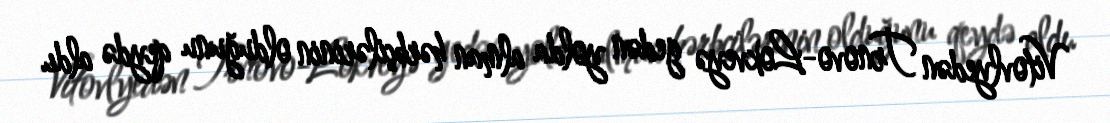
Vitovlyedən Trnovo-Lokveyə gedən yolda alman hərbçilərinin olduğunu qeydə aldı.